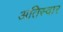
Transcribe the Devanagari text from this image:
अतिस्वार